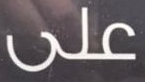
على